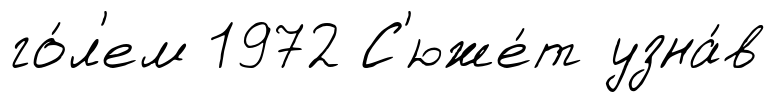
го́л'ем 1972 С'юже́т узна́в